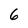
Character: 6